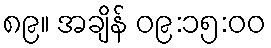
၈၉။ အချိန် ၀၉:၁၅:၀၀